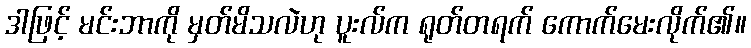
ဒါဖြင့် မင်းဘာကို မှတ်မိသလဲဟု ပူးလ်က ရုတ်တရက် ကောက်မေးလိုက်၏။